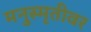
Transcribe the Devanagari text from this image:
मनुस्मृतीवर